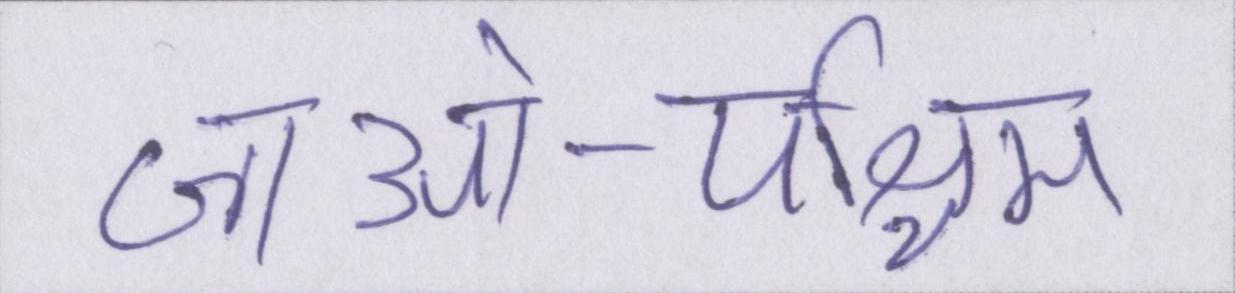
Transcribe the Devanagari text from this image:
जाओ-पश्चिम